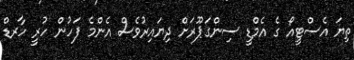
ތިޔަ އެސްޓީއޯ ގެ އެމްޑީ ސިންގަޕޫރަށް ދިޔައިރުވެސް އެންމެ ފަހުން ހުރީ ހާރޑް